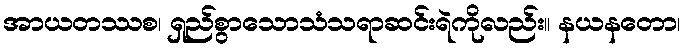
အာယတဿစ၊ ရှည်စွာသောသံသရာဆင်းရဲကိုလည်း။ နယနတော၊